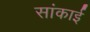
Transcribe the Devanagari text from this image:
सांकाई